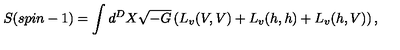
S ( s p i n - 1 ) = \int d ^ { D } X \sqrt { - G } \left( L _ { v } ( V , V ) + L _ { v } ( h , h ) + L _ { v } ( h , V ) \right) ,